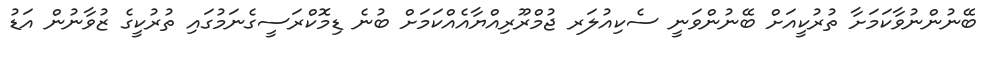
ބޭނުންނުވާކަމަށާ ތުރުކީއަށް ބޭނުންވަނީ ސެކިއުލަރ ޖުމްރޫރިއްޔާއެއްކަމަށް ބުނެ ޑިމޮކްރަސީގެނަމުގައި ތުރުކީގެ ޒުވާނުން އަޑު